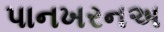
પાનખરનઅ